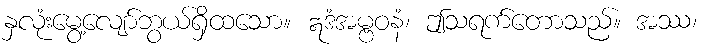
နှလုံးမွေ့လျော်ဘွယ်ရှိထသော။ ဣဒံအမ္ဗဝနံ၊ ဤသရက်တောသည်။ အဿ၊